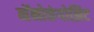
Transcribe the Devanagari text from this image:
नॅनोकंपोझिट